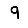
Digit: 9